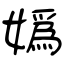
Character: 嬀